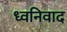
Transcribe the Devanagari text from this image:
ध्वनिवाद